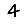
Digit: 4